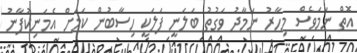
އޮތް ނަމަވެސް މިހާރު ނަމާދު ވަގުތު ބަލަނީ ފަލަކީ ހިސާބުން ކަމަށް އެމަނިކުފާނު